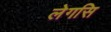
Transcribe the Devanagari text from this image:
लेगसि